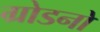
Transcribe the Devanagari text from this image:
ग्रोडनो